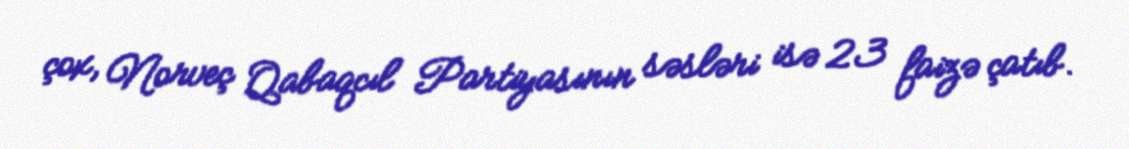
çox, Norveç Qabaqcıl Partiyasının səsləri isə 23 faizə çatıb.